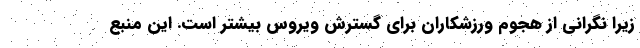
زیرا نگرانی از هجوم ورزشکاران برای گسترش ویروس بیشتر است. این منبع